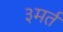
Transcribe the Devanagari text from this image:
३मर्त